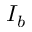
I _ { b }